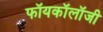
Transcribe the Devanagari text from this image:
फॉयकॉलॉजी